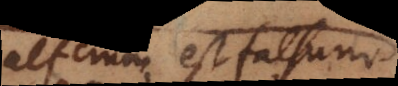
alterum est falsum,